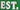
EST.